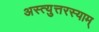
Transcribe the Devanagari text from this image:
अस्त्युत्तरस्याम्